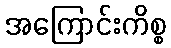
အကြောင်းကိစ္စ